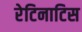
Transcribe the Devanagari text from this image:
रेटिनाटिस